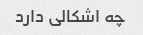
چه اشکالی دارد